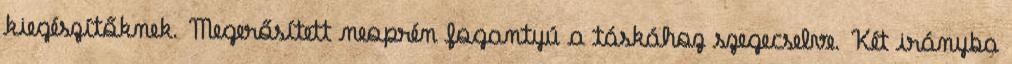
kiegészítőknek. Megerősített neoprén fogantyú a táskához szegecselve. Két irányba